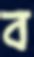
ব